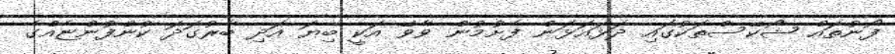
ފޯނުތައް ޝޯކޭސްތަކުގައި ދަޅައަޅަން ފެށުމުން ވާވޭ އަކީ ބިޔަ އަދި ބާރުގަދަ ކުންފުންޏެއްގެ